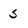
Character: 5